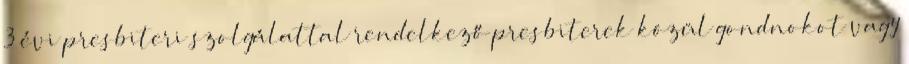
3 évi presbiteri szolgálattal rendelkező presbiterek közül gondnokot vagy